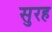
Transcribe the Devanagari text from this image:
सुरह